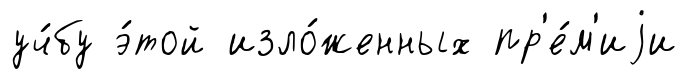
уч́бу э́той изло́женных пр'е́м'иjи